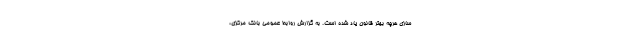
سازی هرچه بهتر قانون یاد شده است. به گزارش روابط عمومی بانک مرکزی،